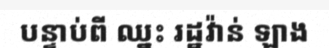
បន្ទាប់ពី ឈ្នះ រដ្ឋវ៉ាន់ ឡាង